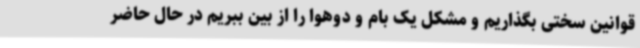
قوانین سختی بگذاریم و مشکل یک بام و دوهوا را از بین ببریم در حال حاضر